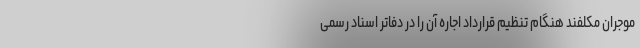
موجران مکلفند هنگام تنظیم قرارداد اجاره آن را در دفاتر اسناد رسمی